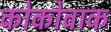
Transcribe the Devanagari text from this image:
कोकोवाक